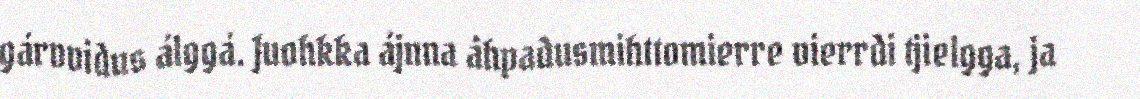
gárvvidus álggá. Juohkka ájnna åhpadusmihttomierre vierrdi tjielgga, ja